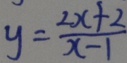
y = \frac { 2 x + 2 } { x - 1 }